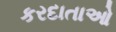
કરદાતાઓ